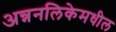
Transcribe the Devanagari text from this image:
अन्ननलिकेमधील